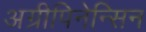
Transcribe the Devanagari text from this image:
अग्रीपिनेन्सिन